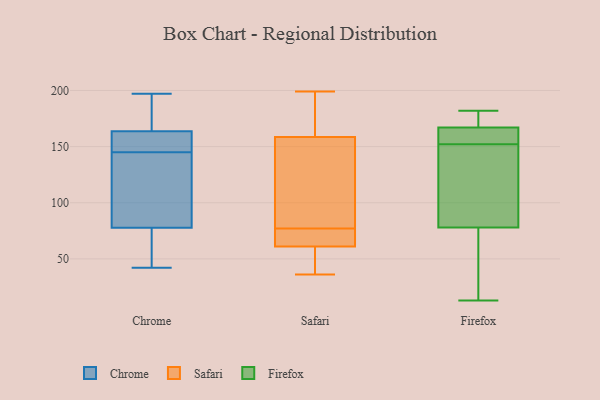
{"axis": {"x": "Headcount", "y": "Value"}, "legend": ["Chrome", "Firefox", "Safari"], "data": [{"x": "", "y": 197, "type": "Chrome"}, {"x": "", "y": 169, "type": "Chrome"}, {"x": "", "y": 47, "type": "Chrome"}, {"x": "", "y": 152, "type": "Chrome"}, {"x": "", "y": 145, "type": "Chrome"}, {"x": "", "y": 42, "type": "Chrome"}, {"x": "", "y": 86, "type": "Chrome"}, {"x": "", "y": 160, "type": "Chrome"}, {"x": "", "y": 75, "type": "Chrome"}, {"x": "", "y": 135, "type": "Chrome"}, {"x": "", "y": 165, "type": "Chrome"}, {"x": "", "y": 82, "type": "Safari"}, {"x": "", "y": 171, "type": "Safari"}, {"x": "", "y": 76, "type": "Safari"}, {"x": "", "y": 71, "type": "Safari"}, {"x": "", "y": 136, "type": "Safari"}, {"x": "", "y": 36, "type": "Safari"}, {"x": "", "y": 199, "type": "Safari"}, {"x": "", "y": 67, "type": "Safari"}, {"x": "", "y": 77, "type": "Safari"}, {"x": "", "y": 36, "type": "Safari"}, {"x": "", "y": 52, "type": "Safari"}, {"x": "", "y": 110, "type": "Safari"}, {"x": "", "y": 59, "type": "Safari"}, {"x": "", "y": 166, "type": "Safari"}, {"x": "", "y": 197, "type": "Safari"}, {"x": "", "y": 86, "type": "Firefox"}, {"x": "", "y": 173, "type": "Firefox"}, {"x": "", "y": 154, "type": "Firefox"}, {"x": "", "y": 54, "type": "Firefox"}, {"x": "", "y": 139, "type": "Firefox"}, {"x": "", "y": 165, "type": "Firefox"}, {"x": "", "y": 179, "type": "Firefox"}, {"x": "", "y": 89, "type": "Firefox"}, {"x": "", "y": 175, "type": "Firefox"}, {"x": "", "y": 182, "type": "Firefox"}, {"x": "", "y": 49, "type": "Firefox"}, {"x": "", "y": 165, "type": "Firefox"}, {"x": "", "y": 42, "type": "Firefox"}, {"x": "", "y": 13, "type": "Firefox"}, {"x": "", "y": 136, "type": "Firefox"}, {"x": "", "y": 155, "type": "Firefox"}, {"x": "", "y": 152, "type": "Firefox"}]}